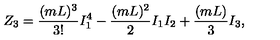
Z _ { 3 } = \frac { ( m L ) ^ { 3 } } { 3 ! } I _ { 1 } ^ { 4 } - \frac { ( m L ) ^ { 2 } } { 2 } I _ { 1 } I _ { 2 } + \frac { ( m L ) } { 3 } I _ { 3 } ,